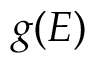
g ( E )